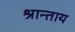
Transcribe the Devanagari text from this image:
श्रान्ताय